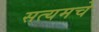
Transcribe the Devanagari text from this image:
सत्यमचे